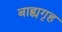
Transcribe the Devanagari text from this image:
बाह्यगृह